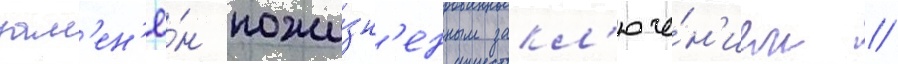
зам'ен'ё́н пожи́зн'енным закл'юче́н'ием //